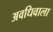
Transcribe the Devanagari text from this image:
अवधिवाला